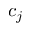
c _ { j }